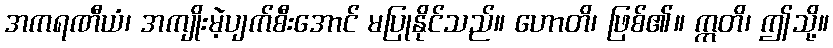
အကရဏီယံ၊ အကျိုးမဲ့ပျက်စီးအောင် မပြုနိုင်သည်။ ဟောတိ၊ ဖြစ်၏။ ဣတိ၊ ဤသို့။